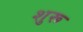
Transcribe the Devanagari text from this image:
शुरू